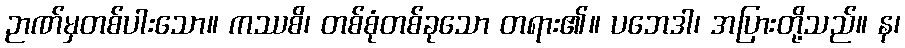
ဉာဏ်မှတစ်ပါးသော။ ကဿစိ၊ တစ်စုံတစ်ခုသော တရား၏။ ပဘေဒါ၊ အပြားတို့သည်။ န၊